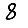
Digit: 8